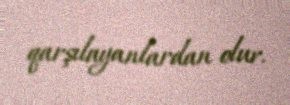
qarşılayanlardan olur.